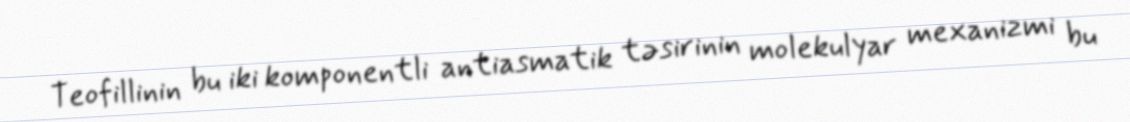
Teofillinin bu iki komponentli antiasmatik təsirinin molekulyar mexanizmi bu